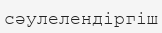
сәулелендіргіш